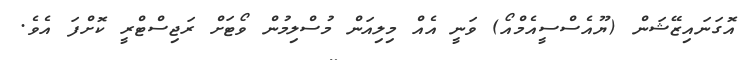
އޮގަނައިޒޭޝަން (ޔޫއެސްސީއެމްއޯ) ވަނީ އެއް މިލިއަން މުސްލިމުން ވޯޓަށް ރަޖިސްޓްރީ ކޮށްފަ އެވެ.